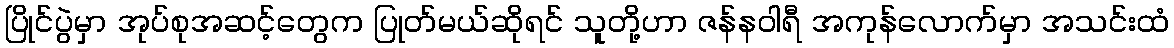
ပြိုင်ပွဲမှာ အုပ်စုအဆင့်တွေက ပြုတ်မယ်ဆိုရင် သူတို့ဟာ ဇန်နဝါရီ အကုန်လောက်မှာ အသင်းထံ